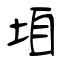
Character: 垍